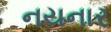
નયનાર